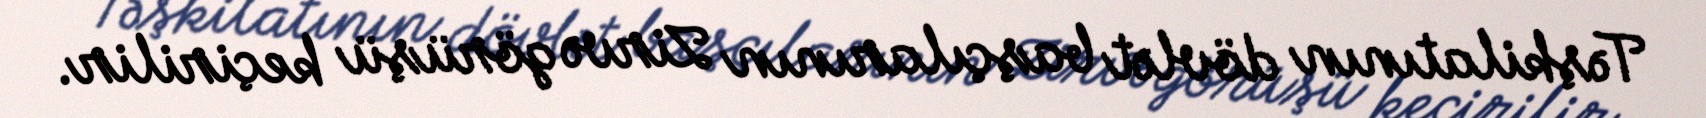
Təşkilatının dövlət başçılarının Zirvə görüşü keçirilir.